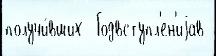
получи́вших  Годвступл'ен'иjав